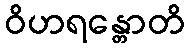
ဝိဟရန္တောတိ